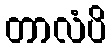
တာလံပိ